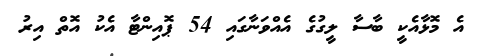
އެ މޮޅާއެކީ ބާސާ ލީގުގެ އެއްވަނާގައި 54 ޕޮއިންޓާ އެކު އޮތް އިރު